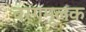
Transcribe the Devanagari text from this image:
वर्गमूलक